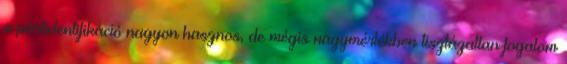
a pártidentifikáció nagyon hasznos, de mégis nagymértékben tisztázatlan fogalom